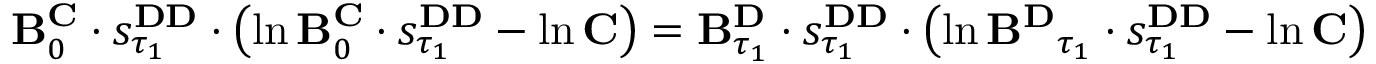
\begin{array} { r } { \mathbf { B } _ { 0 } ^ { \mathbf { C } } \cdot s _ { \tau _ { 1 } } ^ { \mathbf { D D } } \cdot \left( \ln \mathbf { B } _ { 0 } ^ { \mathbf { C } } \cdot s _ { \tau _ { 1 } } ^ { \mathbf { D D } } - \ln \mathbf { C } \right) = \mathbf { B } _ { \tau _ { 1 } } ^ { \mathbf { D } } \cdot s _ { \tau _ { 1 } } ^ { \mathbf { D D } } \cdot \left( \ln \mathbf { B ^ { \mathbf { D } } } _ { \tau _ { 1 } } \cdot s _ { \tau _ { 1 } } ^ { \mathbf { D D } } - \ln \mathbf { C } \right) } \end{array}